Report on vaccination in Madras 1922-1929 - 1922-1929
Year: 1922
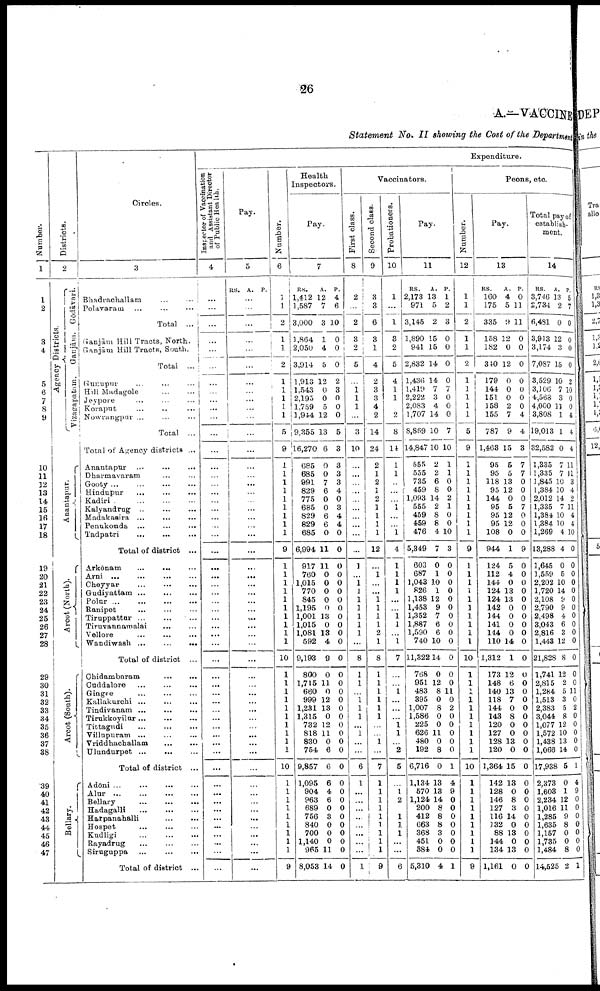
26
A.—VACCINE
Statement No. II showing the Cost of the Department
Number.
1
1
2
3
4
5
6
7
8
9
10
11
12
13
14
15
16
17
18
19
20
21
22
23
24
25
26
27
28
29
30
31
32
33
34
35
36
37
38
39
40
41
42
43
44
45
46
47
Districts.
2
Agency Districts.
Gōdāvari.
Ganjām.
Vizagapatam.
Anantapur.
Arcot (North).
Arcot (South).
Bellary.
Circles.
3
Bhadrachallam ... ...
Polavaram
...
...
Total
...
Ganjām Hill Tracts, North.
Ganjām Hill Tracts, South.
Total
...
Gunupur
...
...
...
Hill Madagole
...
...
Jeypore ... ... ...
Koraput ... ... ...
Nowrangpur ... ... ...
Total ...
Total of Agency districts ...
Anantapur
...
...
...
Dharmavaram ... ...
Gooty
...
...
...
...
Hindupur
...
...
...
Kadiri
...
...
...
Kalyandrug
...
...
...
Madakasira
...
...
...
Penukonda ... ... ...
Tadpatri
...
...
...
Total of district ...
Arkōnam
...
...
...
Arni ... ... ...
Cheyyar
...
...
...
Gudiyattam
...
...
...
Polur
...
...
...
...
Ranipet ... ... ...
Tiruppattūr
...
...
...
Tiruvannamalai ... ...
Vellore
...
...
...
Wandiwash
...
...
...
Total of district ...
Chidambaram
...
...
Cuddalore ... ... ...
Gingee
...
...
...
Kallakurchi
...
...
...
Tindivanam
...
...
...
Tirukkoyilūr
...
...
...
Tittagudi ... ... ...
Villupuram ... ... ...
Vriddhachallam
...
...
Ulundurpet
...
...
...
Total of district ...
Adōni ... ... ... ...
Alur...
...
...
...
Bellary
...
...
...
Hadagalli
...
...
...
Harpanahalli
...
...
Hospet
...
...
...
Kudligi
...
...
...
Rayadrug
...
...
...
Siruguppa
...
...
...
Total of district ...
Expenditure.
Inspector of Vaccination
and Assistant Director
of Public Health.
4
...
...
...
...
...
...
...
...
...
...
...
...
...
...
...
...
...
...
...
...
...
...
...
...
...
...
...
...
...
...
...
...
...
...
...
...
...
...
...
...
...
...
...
...
...
...
...
...
...
...
...
...
...
...
...
Pay.
5
RS. A. P.
...
...
...
...
...
...
...
...
...
...
...
...
...
...
...
...
...
...
...
...
...
...
...
...
...
...
...
...
...
...
...
...
...
...
...
...
...
...
...
...
...
...
...
...
...
...
...
...
...
...
...
...
...
...
...
Number.
6
1
1
2
1
1
2
1
1
1
1
1
5
9
1
1
1
1
1
1
1
1
1
9
1
1
1
1
1
1
1
1
1
1
10
1
1
1
1
1
1
1
1
1
1
10
1
1
1
1
1
1
1
1
1
9
Health
Inspectors.
Pay.
7
RS.
1,412
1,587
3,000
1,864
2,050
3,914
1,913
1,543
2,195
1,759
1,944
9,355
16,270
685
685
991
829
775
685
829
829
685
6,994
917
760
1,015
770
845
1,195
1,001
1,015
1,081
592
9,193
800
1,715
660
999
1,231
1,315
732
818
830
754
9,857
1,095
904
963
689
756
840
700
1,140
965
8,053
A.
12
7
3
1
4
5
12
0
0
5
12
13
6
0
0
7
6
0
0
6
6
0
11
11
0
0
0
0
0
13
0
13
4
9
0
11
0
12
13
0
12
11
0
6
6
6
4
6
0
3
0
0
0
11
14
P.
4
6
10
0
0
0
2
3
0
0
0
5
3
3
3
3
4
0
3
4
4
0
0
0
0
0
0
0
0
0
0
0
0
0
0
0
0
0
0
0
0
0
0
0
0
0
0
0
0
0
0
0
0
0
0
Vaccinators.
First class.
8
2
...
2
3
2
5
...
1
1
1
...
3
10
...
...
...
...
...
...
...
...
...
...
1
...
1
1
1
1
1
1
1
...
8
1
1
...
1
1
1
...
1
...
...
6
1
...
...
...
...
...
...
...
...
1
Second class.
9
3
3
6
3
1
4
2
3
3
4
2
14
24
2
1
2
1
2
1
1
1
1
12
...
1
...
...
1
1
1
1
2
1
8
1
1
1
1
1
1
...
...
1
...
7
1
1
1
1
1
1
1
1
1
9
Probationers.
10
1
...
1
3
2
5
4
1
1
2
8
14
1
1
..
...
...
1
...
...
1
4
1
1
1
1
...
...
1 1
...
1
7
...
...
1
...
...
...
1 1
...
2
5
...
1
2
1
1
1
...
...
6
Pay.
11
RS.
2,173
971
3,145
1,890
941
2,832
1,436
1,419
2,222
2,083
1,707
8,869
14,847
555
555
735
459
1,093
555
459
459
476
5,349
603
687
1,043
826
1,138
1,453
1,352
1,887
1,590
740
11,322
768
951
483
395
1,007
1,586
225
626
480
192
6,716
1,134
570
1,124
200
412
663
368
451
384
5,310
A.
13
5
2
15
15
14
14
7
3
4
14
10
10
2
2
6
8
14
2
8
8
4
7
0
1
10
1
12
9
7
6
6
10
14
0
12
8
0
8
0
0
11
0
8
0
13
13
14
8
8
8
3
0
0
4
P.
1
2
3
0
0
0
0
7
0
0
0
7
10
1
1
0
0
2
1
0
0
10
3
0
0
0
0
0
0
0
0
0
0
0
0
0
11
0
2
0
0
0
0
0
1
4
9
0
0
0
0
0
0
0
1
Peons, etc
Number.
12
1
1
2
1
1
2
1
1
1
1
1
5
9
1
1
1
1
1
1
1
1
1
9
1
1
1
1
1
1
1
1
1
1
10
1
1
1
1 1
1
1
1
1
1
10
1
1
1
1
1
1
1
1
1
9
Pay.
13
RS.
160
175
335
158
182
340
179
144
151
158
155
787
1,463
95
95
118
95
144
95
95
95
108
944
124
112
144
124
124
142
144
141
144
110
1,312
173
148
140
118
144
143
120
127
128
120
1,364
142
128
146
127
116
132
88
144
134
1,161
A.
4
5
9
12
0
12
0
0
0
2
7
9
15
5
5
13
12
0
5
12
12
0
1
5
4
0
13
13
0
0
0
0
14
1
12
6
13
7
0
8
0
0
13
0
15
13
0
8
3
14
0
13
0
13
0
P.
0
11
11
0
0
0
0
0
0
0
4
4
3
7
7
0
0
0
7
0
0
0
9
0
0
0
0
0
0
0
0
0
0
0
0
0
0
0
0
0
0
0
0
0
0
0
0
0
0
0
0
0
0
0
0
Total pay of
establish
ment.
14
RS.
3,746
2,734
6,481
3,913
3,174
7,087
3,529
3,106
4,568
4,000
3,808
19,013
32,582
1,335
1,335
1,845
1,384
2,012
1,335
1,384
1,384
1,269
13,288
1,645
1,559
2,202
1,720
2,108
2,790
2,498
3,043
2,816
1,443
21,828
1,741
2,815
1,284
1,513
2,383
3,044
1,077
1,572
1,438
1,066
17,938
2,373
1,603
2,234
1,016
1,285
1,635
1,157
1,735
1,484
14,525
A.
13
2
0
12
3
15
10
7
3
11
1
1
0
7
7
10
10
14
7
10
10
4
4
0
5
10
14
9
9
4
6
3
12
8
12
2
5
3
5
8
12
10
13
14
5
0
1
12
11
9
8
0
0
8
2
P.
5
7
0
0
0
0
2
10
0
0
4
4
4
11
11
3
4
2
11
4
4
10
0
0
0
0
0
0
0
0
0
0
0
0
0
0
11
0
2
0
0
0
0
0
1
4
9
0
0
0
0
0
0
0
1